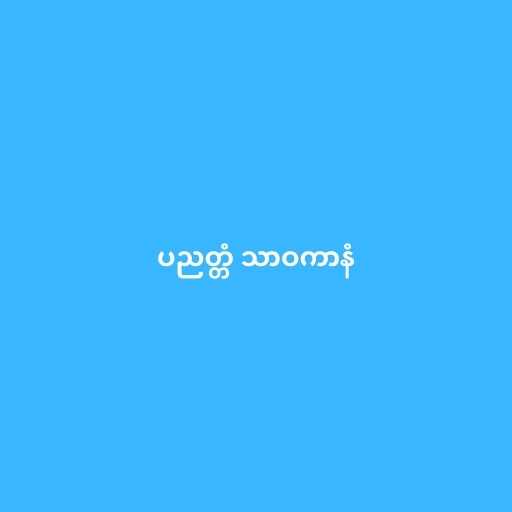
ပညတ္တံ သာဝကာနံ